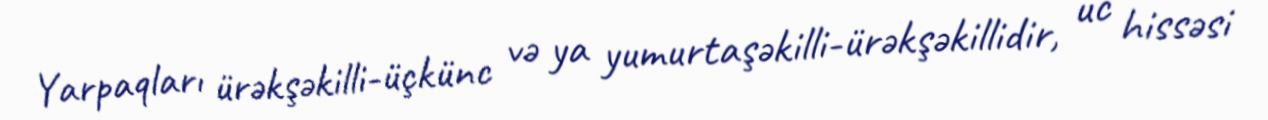
Yarpaqları ürəkşəkilli-üçkünc və ya yumurtaşəkilli-ürəkşəkillidir, uc hissəsi